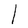
Character: l